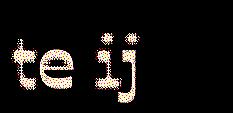
te ij